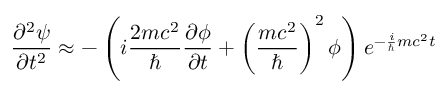
{ \frac { \partial ^ { 2 } \psi } { \partial t ^ { 2 } } } \approx - \left( i { \frac { 2 m c ^ { 2 } } { \hbar } } { \frac { \partial \phi } { \partial t } } + \left( { \frac { m c ^ { 2 } } { \hbar } } \right) ^ { 2 } \phi \right) e ^ { - { \frac { i } { \hbar } } m c ^ { 2 } t }